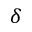
\delta